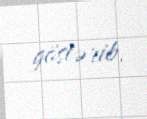
göstərib.